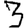
Digit: 3